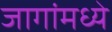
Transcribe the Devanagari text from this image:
जागांमध्ये